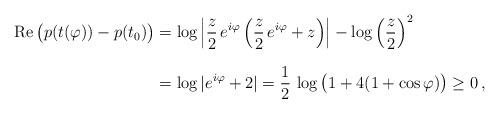
LaTeX: \begin{align*}\textrm{Re}\, \big( p(t(\varphi)) - p(t_0)\big)& = \log \left|\frac{z}{2}\, e^{i\varphi} \left( \frac{z}{2}\, e^{i\varphi} + z\right)\right| - \log \left( \frac{z}{2}\right)^2 \\*[0.3cm]& = \log |e^{i\varphi} + 2| = \frac{1}{2} \, \log \big( 1 + 4 (1 + \cos\varphi)\big) \geq 0\, , \end{align*}